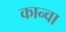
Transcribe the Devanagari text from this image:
कान्वा